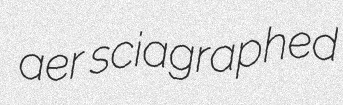
aer sciagraphed